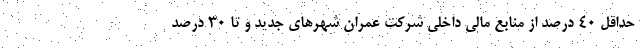
حداقل ۴۰ درصد از منابع مالی داخلی شرکت عمران شهرهای جدید و تا ۳۰ درصد